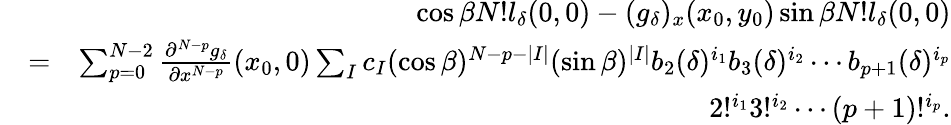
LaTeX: \begin{array}{rlr}&{}&{\cos\beta N!l_{\delta}(0,0)-(g_{\delta})_{x}(x_{0},y_{0})\sin\beta N!l_{\delta}(0,0)}\\ &{=}&{\sum_{p=0}^{N-2}\frac{\partial^{N-p}g_{\delta}}{\partial x^{N-p}}(x_{0},0)\sum_{I}c_{I}(\cos\beta)^{N-p-|I|}(\sin\beta)^{|I|}b_{2}(\delta)^{i_{1}}b_{3}(\delta)^{i_{2}}\cdots b_{p+1}(\delta)^{i_{p}}}\\ &{}&{2!^{i_{1}}3!^{i_{2}}\cdots(p+1)!^{i_{p}}.}\end{array}